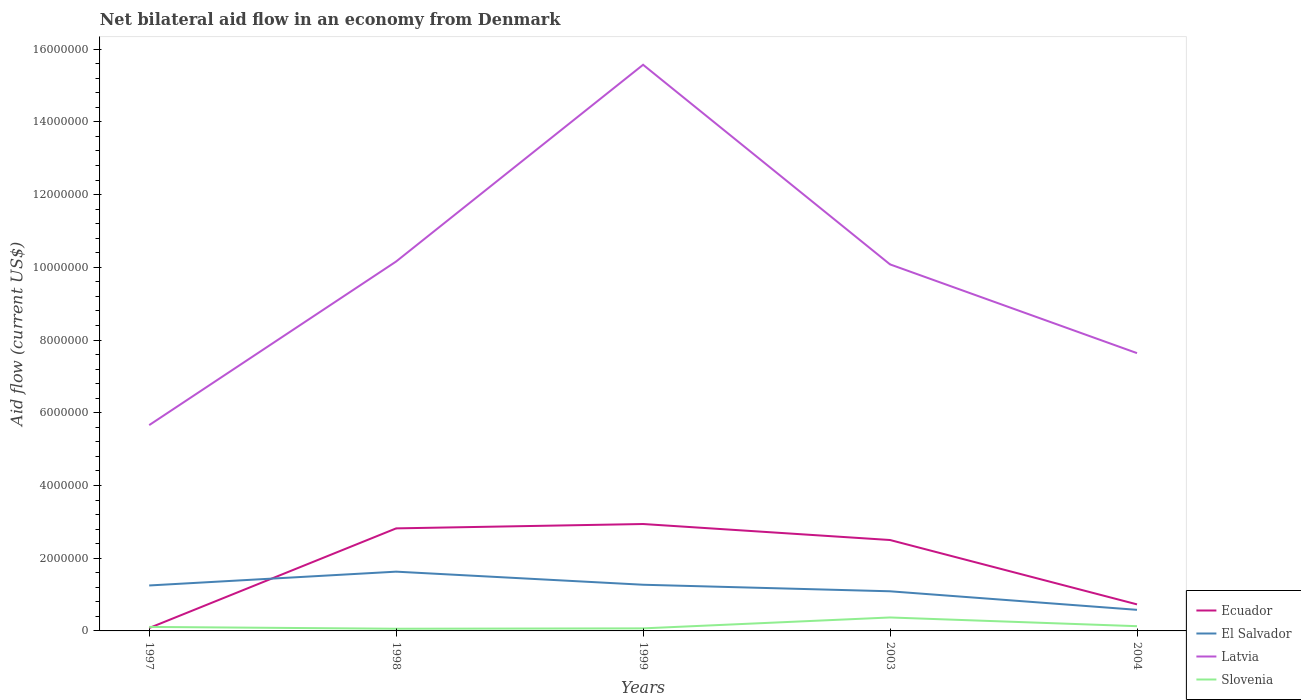
| Years | Ecuador | El Salvador | Latvia | Slovenia |
 | --- | --- | --- | --- | --- |
 | 1997 | 8e+04 | 1.25e+06 | 5.66e+06 | 1.1e+05 |
 | 1998 | 2.82e+06 | 1.63e+06 | 1.02e+07 | 6e+04 |
 | 1999 | 2.94e+06 | 1.27e+06 | 1.56e+07 | 7e+04 |
 | 2003 | 2.5e+06 | 1.09e+06 | 1.01e+07 | 3.7e+05 |
 | 2004 | 7.3e+05 | 5.8e+05 | 7.64e+06 | 1.3e+05 |